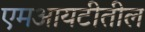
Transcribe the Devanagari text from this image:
एमआयटीतील